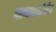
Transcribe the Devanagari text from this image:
नावासमोरील